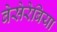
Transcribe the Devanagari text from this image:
बेसेरेबिया